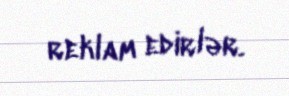
reklam edirlər.